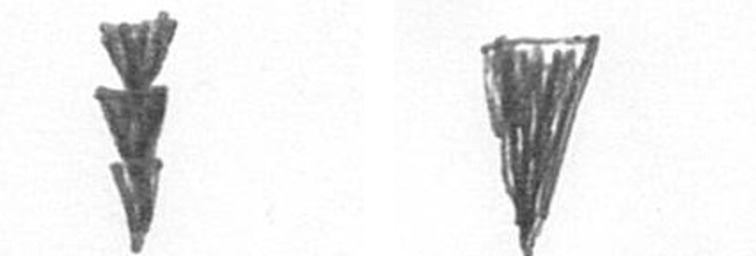
E J